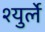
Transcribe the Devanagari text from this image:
श्युर्ले